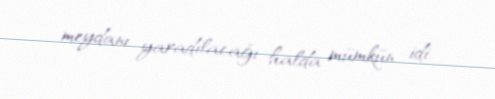
meydanı yaradılacağı halda mümkün idi.